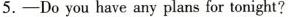
5.——Do you have any plans for tonight?